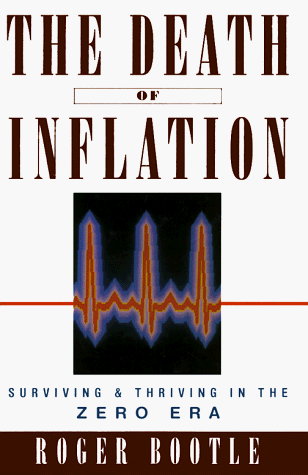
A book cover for The Death of Inflation: Surviving and Thriving in the Zero Era; Roger Bootle; Business & Money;